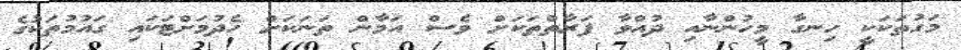
މަގުތަކަކީ ހިނގާ މީހުންނާއި ދުއްވާ ފަރާތްތަކަށް ވެސް އަމާން ތަނަކަށް ހެދުމަށްޓަކައި ގައުމުތަކުގެ